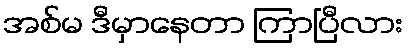
အစ်မ ဒီမှာနေတာ ကြာပြီလား